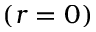
( r = 0 )